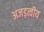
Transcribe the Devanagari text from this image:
अजड़त्वीय